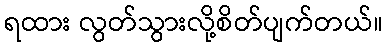
ရထား လွတ်သွားလို့စိတ်ပျက်တယ်။